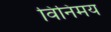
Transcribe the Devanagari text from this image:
विनिमय